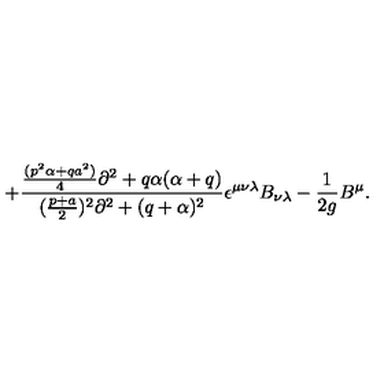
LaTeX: + { \frac { { \frac { ( p ^ { 2 } \alpha + q a ^ { 2 } ) } { 4 } } \partial ^ { 2 } + q \alpha ( \alpha + q ) } { ( { \frac { p + a } { 2 } } ) ^ { 2 } \partial ^ { 2 } + ( q + \alpha ) ^ { 2 } } } \epsilon ^ { \mu \nu \lambda } B _ { \nu \lambda } - { \frac { 1 } { 2 g } } B ^ { \mu } .